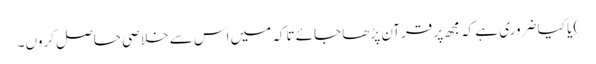
) یا کیا ضروری ہے کہ مجھ پر قرآن پڑھا جائے تاکہ میں اس سے خلاصی حاصل کروں۔